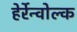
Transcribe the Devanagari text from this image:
हेर्रेन्वोल्क